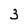
Character: 3